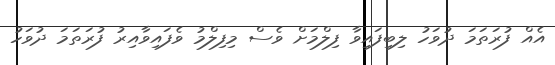
އެއް ފުރަތަމަ ދުވަހު ލިބިފައިވާ ފިލްމަށް ވެސް މިފިލްމު ވެފައިވާއިރު ފުރަތަމަ ދުވަހު